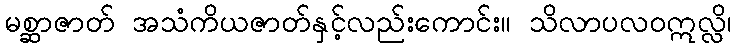
မစ္ဆာဇာတ် အသံကိယဇာတ်နှင့်လည်းကောင်း။ သိလာပလဝဣလ္လိ၊